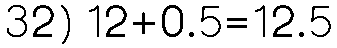
32) 12+0.5=12.5